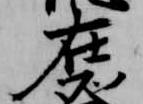
在